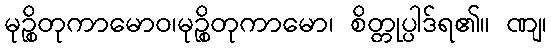
မုဉ္စိတုကာမောဝ၊မုဉ္စိတုကာမော၊ စိတ္တုပ္ပါဒ်ရ၏။ ဏျ၊